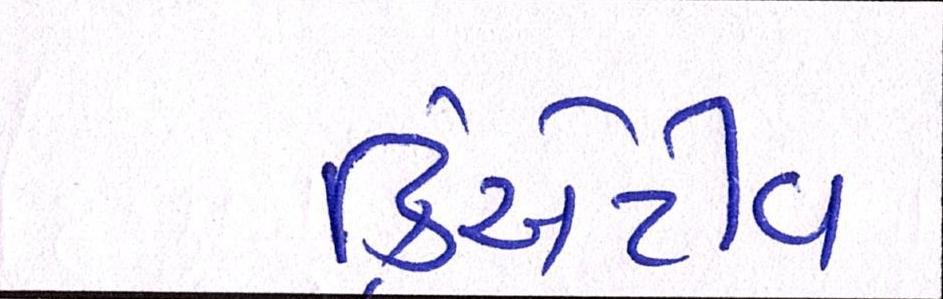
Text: ક્રિએટીવ